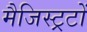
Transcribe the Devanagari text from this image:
मैजिस्ट्रटों